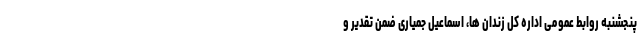
پنجشنبه روابط عمومی اداره کل زندان ها، اسماعیل جمیاری ضمن تقدیر و